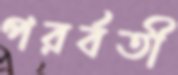
পরর্বতী